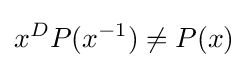
x^{D}P(x^{-1})\neq P(x)